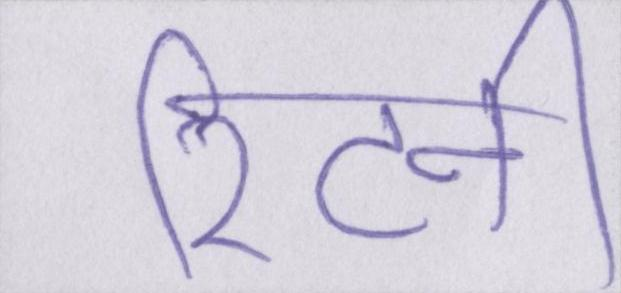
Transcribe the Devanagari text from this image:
रिटर्न